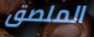
الملصق